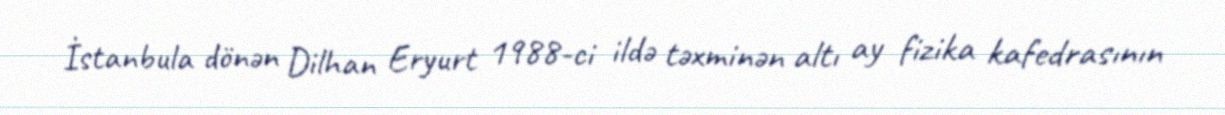
İstanbula dönən Dilhan Eryurt 1988-ci ildə təxminən altı ay fizika kafedrasının